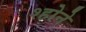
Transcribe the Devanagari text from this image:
श्होने